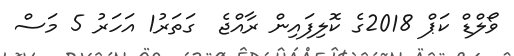
ވޯލްޑް ކަޕް 2018ގެ ކޮލިފައިން ރާއްޖެ  ގަތަރު1 އަހަރު 5 މަސް